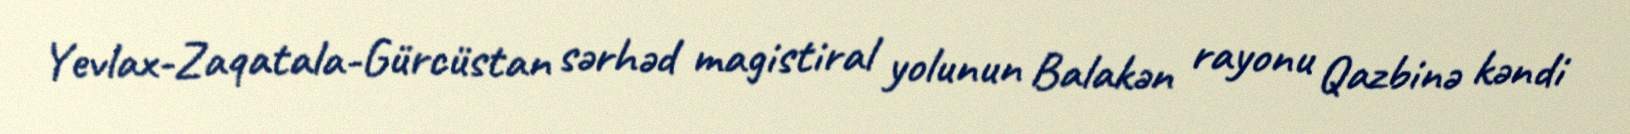
Yevlax-Zaqatala-Gürcüstan sərhəd magistiral yolunun Balakən rayonu Qazbinə kəndi